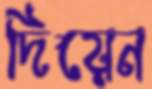
দিয়েন